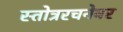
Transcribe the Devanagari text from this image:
स्तोत्ररचनेवर